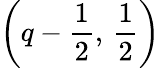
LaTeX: \left(q-\frac{1}{2},\thinspace\frac{1}{2}\right)